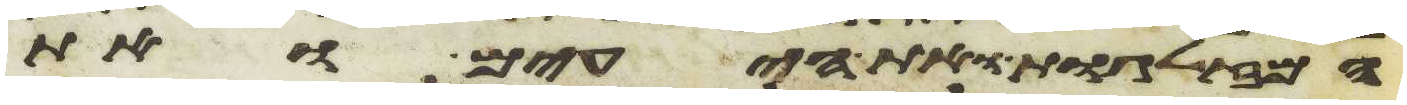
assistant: המזלגות ואת היעים ואת